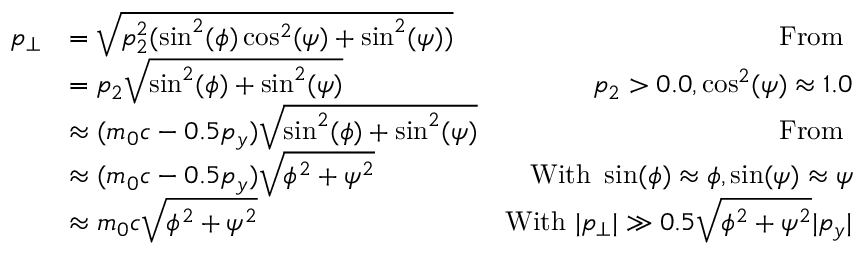
\begin{array} { r l r } { p _ { \perp } } & { = \sqrt { p _ { 2 } ^ { 2 } ( \sin ^ { 2 } ( \phi ) \cos ^ { 2 } ( \psi ) + \sin ^ { 2 } ( \psi ) ) } } & { \mathrm { F r o m ~ } } \\ & { = p _ { 2 } \sqrt { \sin ^ { 2 } ( \phi ) + \sin ^ { 2 } ( \psi ) } } & { p _ { 2 } > 0 . 0 , \cos ^ { 2 } ( \psi ) \approx 1 . 0 } \\ & { \approx ( m _ { 0 } c - 0 . 5 p _ { y } ) \sqrt { \sin ^ { 2 } ( \phi ) + \sin ^ { 2 } ( \psi ) } } & { \mathrm { F r o m ~ } } \\ & { \approx ( m _ { 0 } c - 0 . 5 p _ { y } ) \sqrt { \phi ^ { 2 } + \psi ^ { 2 } } } & { \mathrm { W i t h ~ } \sin ( \phi ) \approx \phi , \sin ( \psi ) \approx \psi } \\ & { \approx m _ { 0 } c \sqrt { \phi ^ { 2 } + \psi ^ { 2 } } } & { \mathrm { W i t h ~ } | p _ { \perp } | \gg 0 . 5 \sqrt { \phi ^ { 2 } + \psi ^ { 2 } } | p _ { y } | } \end{array}